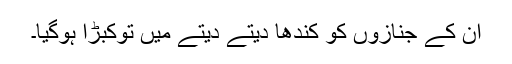
ان کے جنازوں کو کندھا دیتے دیتے میں توکبڑا ہوگیا۔